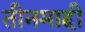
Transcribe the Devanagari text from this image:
तीनमाही